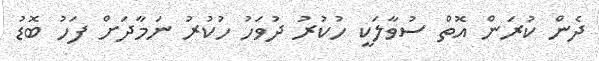
ދެން ކުރަން އޮތް ސުވާލަކީ ހުކުރު ދުވަހު ހުކުރު ނަމާދަށް ފަހު ބޮޑު